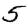
Digit: 5